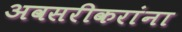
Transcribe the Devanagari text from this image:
अवसरीकरांना